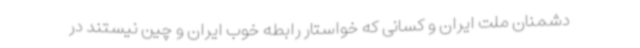
دشمنان ملت ایران و کسانی که خواستار رابطه خوب ایران و چین نیستند در